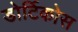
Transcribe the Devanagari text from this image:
डोर्टिकोस